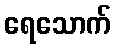
ရေသောက်